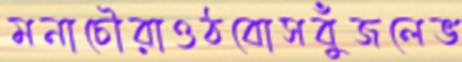
মনাচৌরাওঠবোসবুঁজলেভ